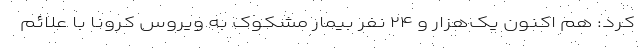
کرد: هم اکنون یک‌هزار و ۲۴ نفر بیمار مشکوک به ویروس کرونا با علائم